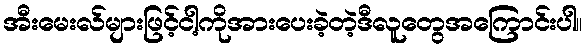
အီးမေးလ်များဖြင့်ငါ့ကိုအားပေးခဲ့တဲ့ဒီလူတွေအကြောင်းပါ။